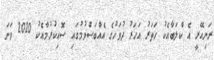
ރަނިއޭރީ އެ ކްލަބާއެކު ހަތަރު އަހަރު ދުވަހުގެ އެއްބަސްވުމުގައި ސޮއިކުރުމާއެކު 2020 ވަނަ